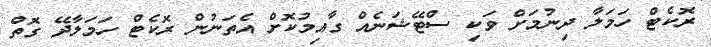
ރޮކެޓް ހަމަލާ ދިނުމަށް ވަކި ސްޓޭޝަނެއް ގާއިމުކޮށް އެތަނުން ރޮކެޓް ހަމަލާދޭ ގޮތް